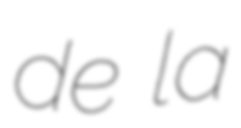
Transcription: de la